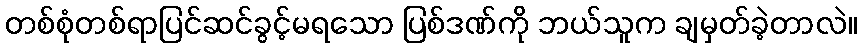
တစ်စုံတစ်ရာပြင်ဆင်ခွင့်မရသော ပြစ်ဒဏ်ကို ဘယ်သူက ချမှတ်ခဲ့တာလဲ။